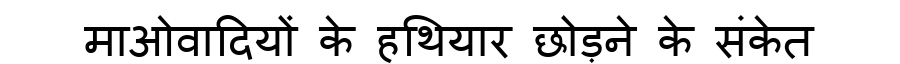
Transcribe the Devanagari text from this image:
माओवादियों के हथियार छोड़ने के संकेत